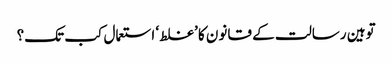
توہین رسالت کے قانون کا ’غلط‘ استعمال کب تک؟